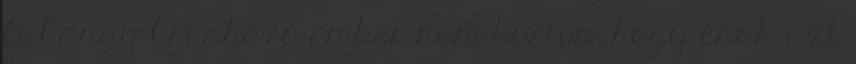
A Candy Crushozó ember nem biztos, hogy csak azt